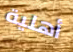
أهلية